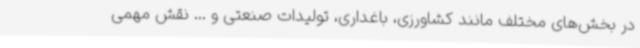
در بخش‌های مختلف مانند کشاورزی، باغداری، تولیدات صنعتی و ... نقش مهمی